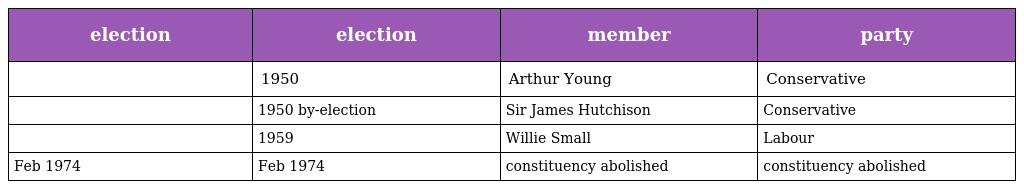
| election | election | member | party |
 | --- | --- | --- | --- |
 |  | 1950 | Arthur Young | Conservative |
 |  | 1950 by-election | Sir James Hutchison | Conservative |
 |  | 1959 | Willie Small | Labour |
 | Feb 1974 | Feb 1974 | constituency abolished | constituency abolished |